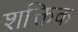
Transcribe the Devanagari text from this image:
शक्तिक